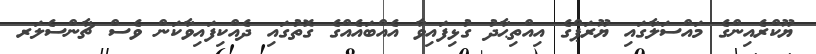
ޔޫކްރެއިންގެ މައްސަލާގައި ޔޫރަޕްގެ އިއްތިޙާދު ގުޅިފައިވާ އެއްބައެއްގެ ގޮތުގައި ދެއްކިފައިވާކަން ވެސް ޗާންސެލަރ